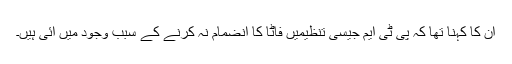
ان کا کہنا تھا کہ پی ٹی ایم جیسی تنظیمیں فاٹا کا انضمام نہ کرنے کے سبب وجود میں آئی ہیں۔